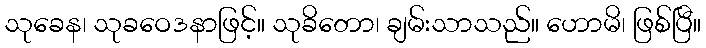
သုခေန၊ သုခဝေဒနာဖြင့်။ သုခိတော၊ ချမ်းသာသည်။ ဟောမိ၊ ဖြစ်ပြီ။